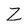
Character: Z